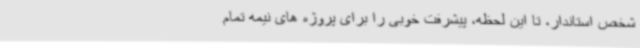
شخص استاندار، تا این لحظه، پیشرفت خوبی را برای پروژه های نیمه تمام